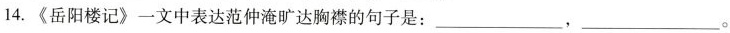
14.《岳阳楼记》一文中表达范仲淹旷达胸襟的句子是：___，___。